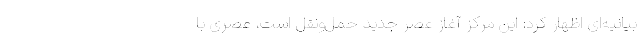
بیانیه‌ای اظهار کرد: این مرکز آغاز عصر جدید حمل‌ونقل است، عصری با